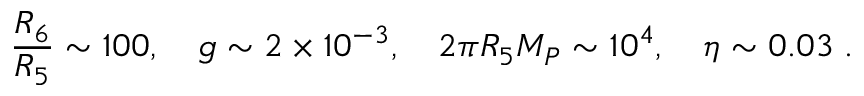
\frac { R _ { 6 } } { R _ { 5 } } \sim 1 0 0 , \quad g \sim 2 \times 1 0 ^ { - 3 } , \quad 2 \pi R _ { 5 } M _ { P } \sim 1 0 ^ { 4 } , \quad \eta \sim 0 . 0 3 \; .